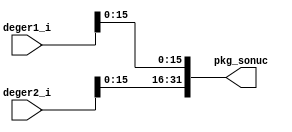
// This program was cloned from: https://github.com/KASIRGA-KIZIL/tekno-kizil
// License: GNU General Public License v3.0

// pkg_unit.v

`timescale 1ns / 1ps

module pkg_unit(
   input [31:0] deger1_i,
   input [31:0] deger2_i,
   output [31:0] pkg_sonuc
);
   assign pkg_sonuc = {deger2_i[15:0],deger1_i[15:0]};
endmodule